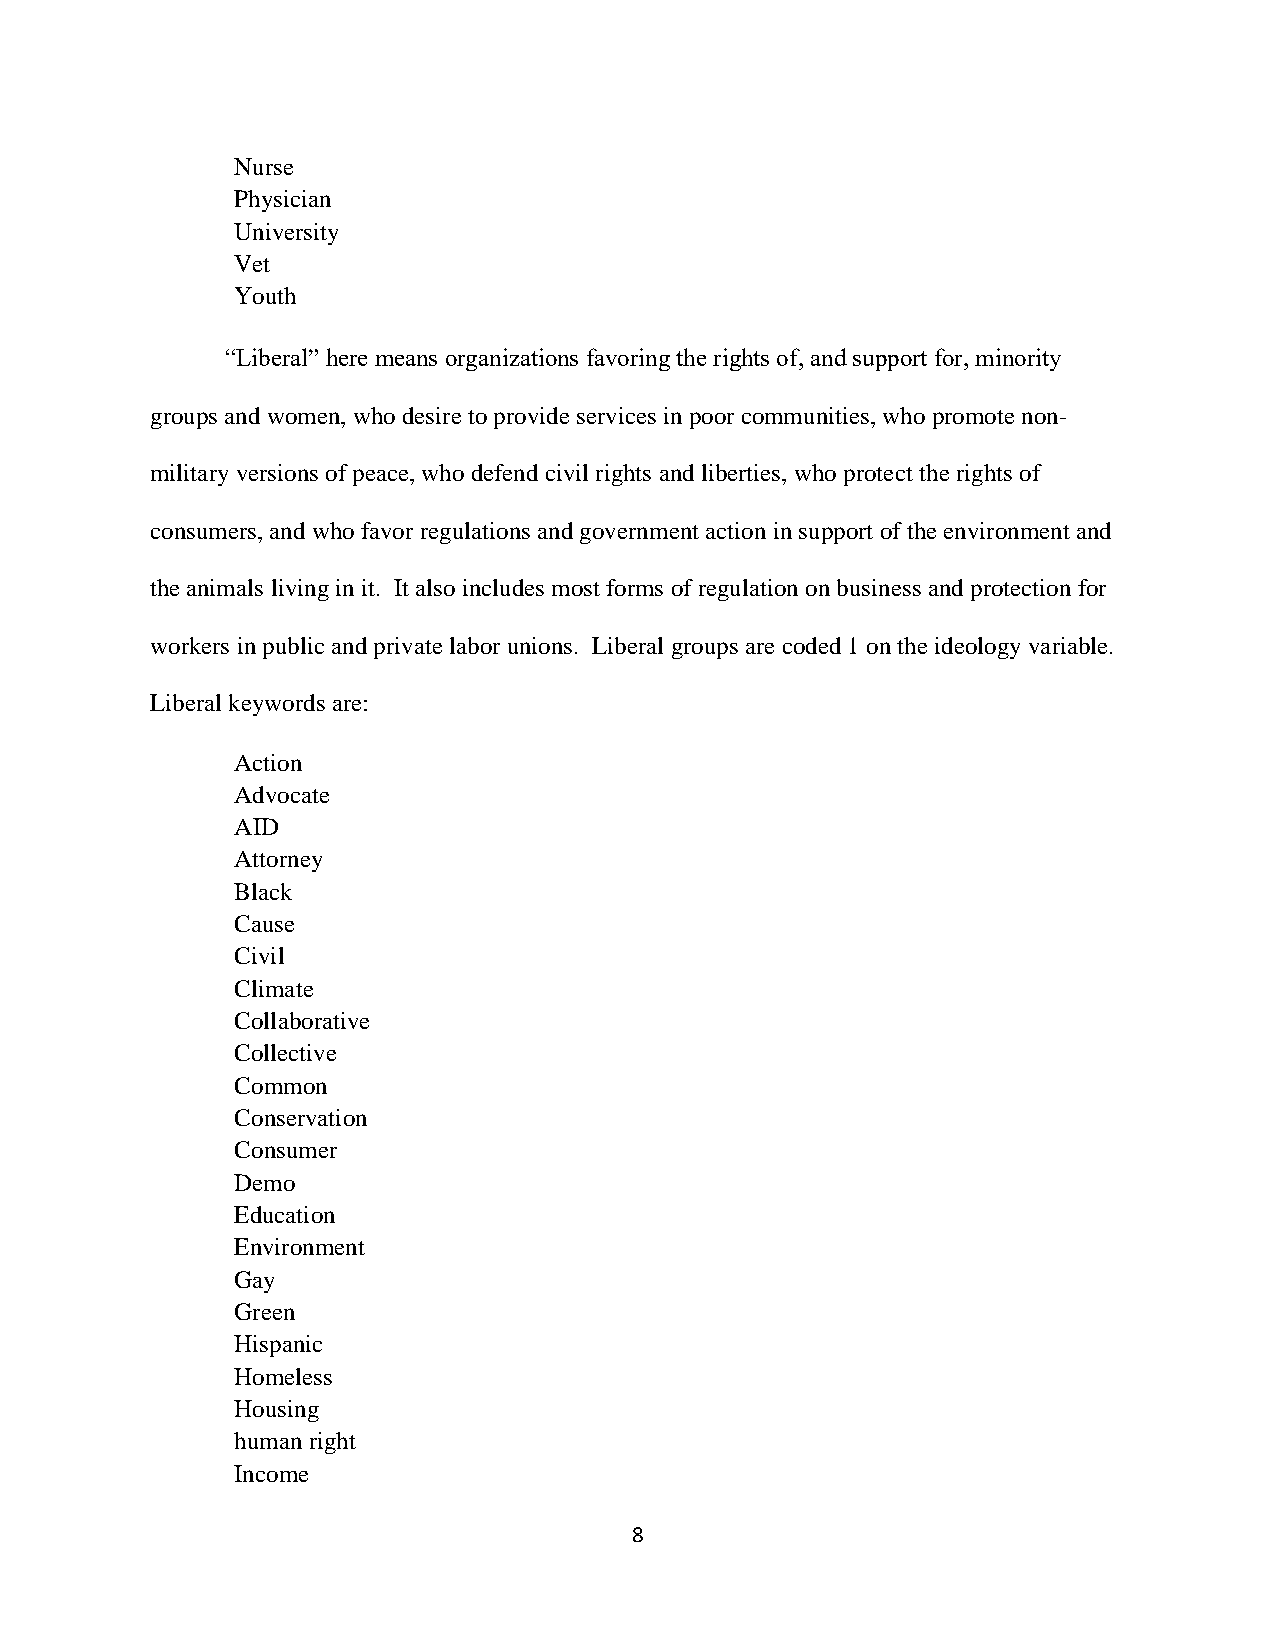
Nurse
 Physician
 University
 Vet
 Youth
 “Liberal” here means organizations favoring the rights of, and support for, minority
 groups and women, who desire to provide services in poor communities, who promote non-
 military versions of peace, who defend civil rights and liberties, who protect the rights of
 consumers, and who favor regulations and government action in support of the environment and
 the animals living in it. It also includes most forms of regulation on business and protection for
 workers in public and private labor unions. Liberal groups are coded 1 on the ideology variable.
 Liberal keywords are:
 Action
 Advocate
 AID
 Attorney
 Black
 Cause
 Civil
 Climate
 Collaborative
 Collective
 Common
 Conservation
 Consumer
 Demo
 Education
 Environment
 Gay
 Green
 Hispanic
 Homeless
 Housing
 human right
 Income
 8